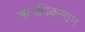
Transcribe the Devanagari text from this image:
अत्यधिकलाभ